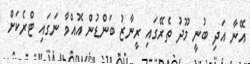
އޭނާ އަދި ބުނީ މޫދު ތެރޭގައި ރީނާޒު ބަންޑުން އޮއްވާ ނަގައި ޓްރެކަށް